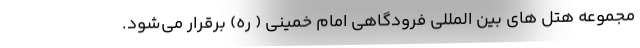
مجموعه هتل های بین المللی فرودگاهی امام خمینی ( ره) برقرار می‌‌شود.